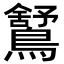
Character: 𪅰